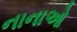
નાનાઓ